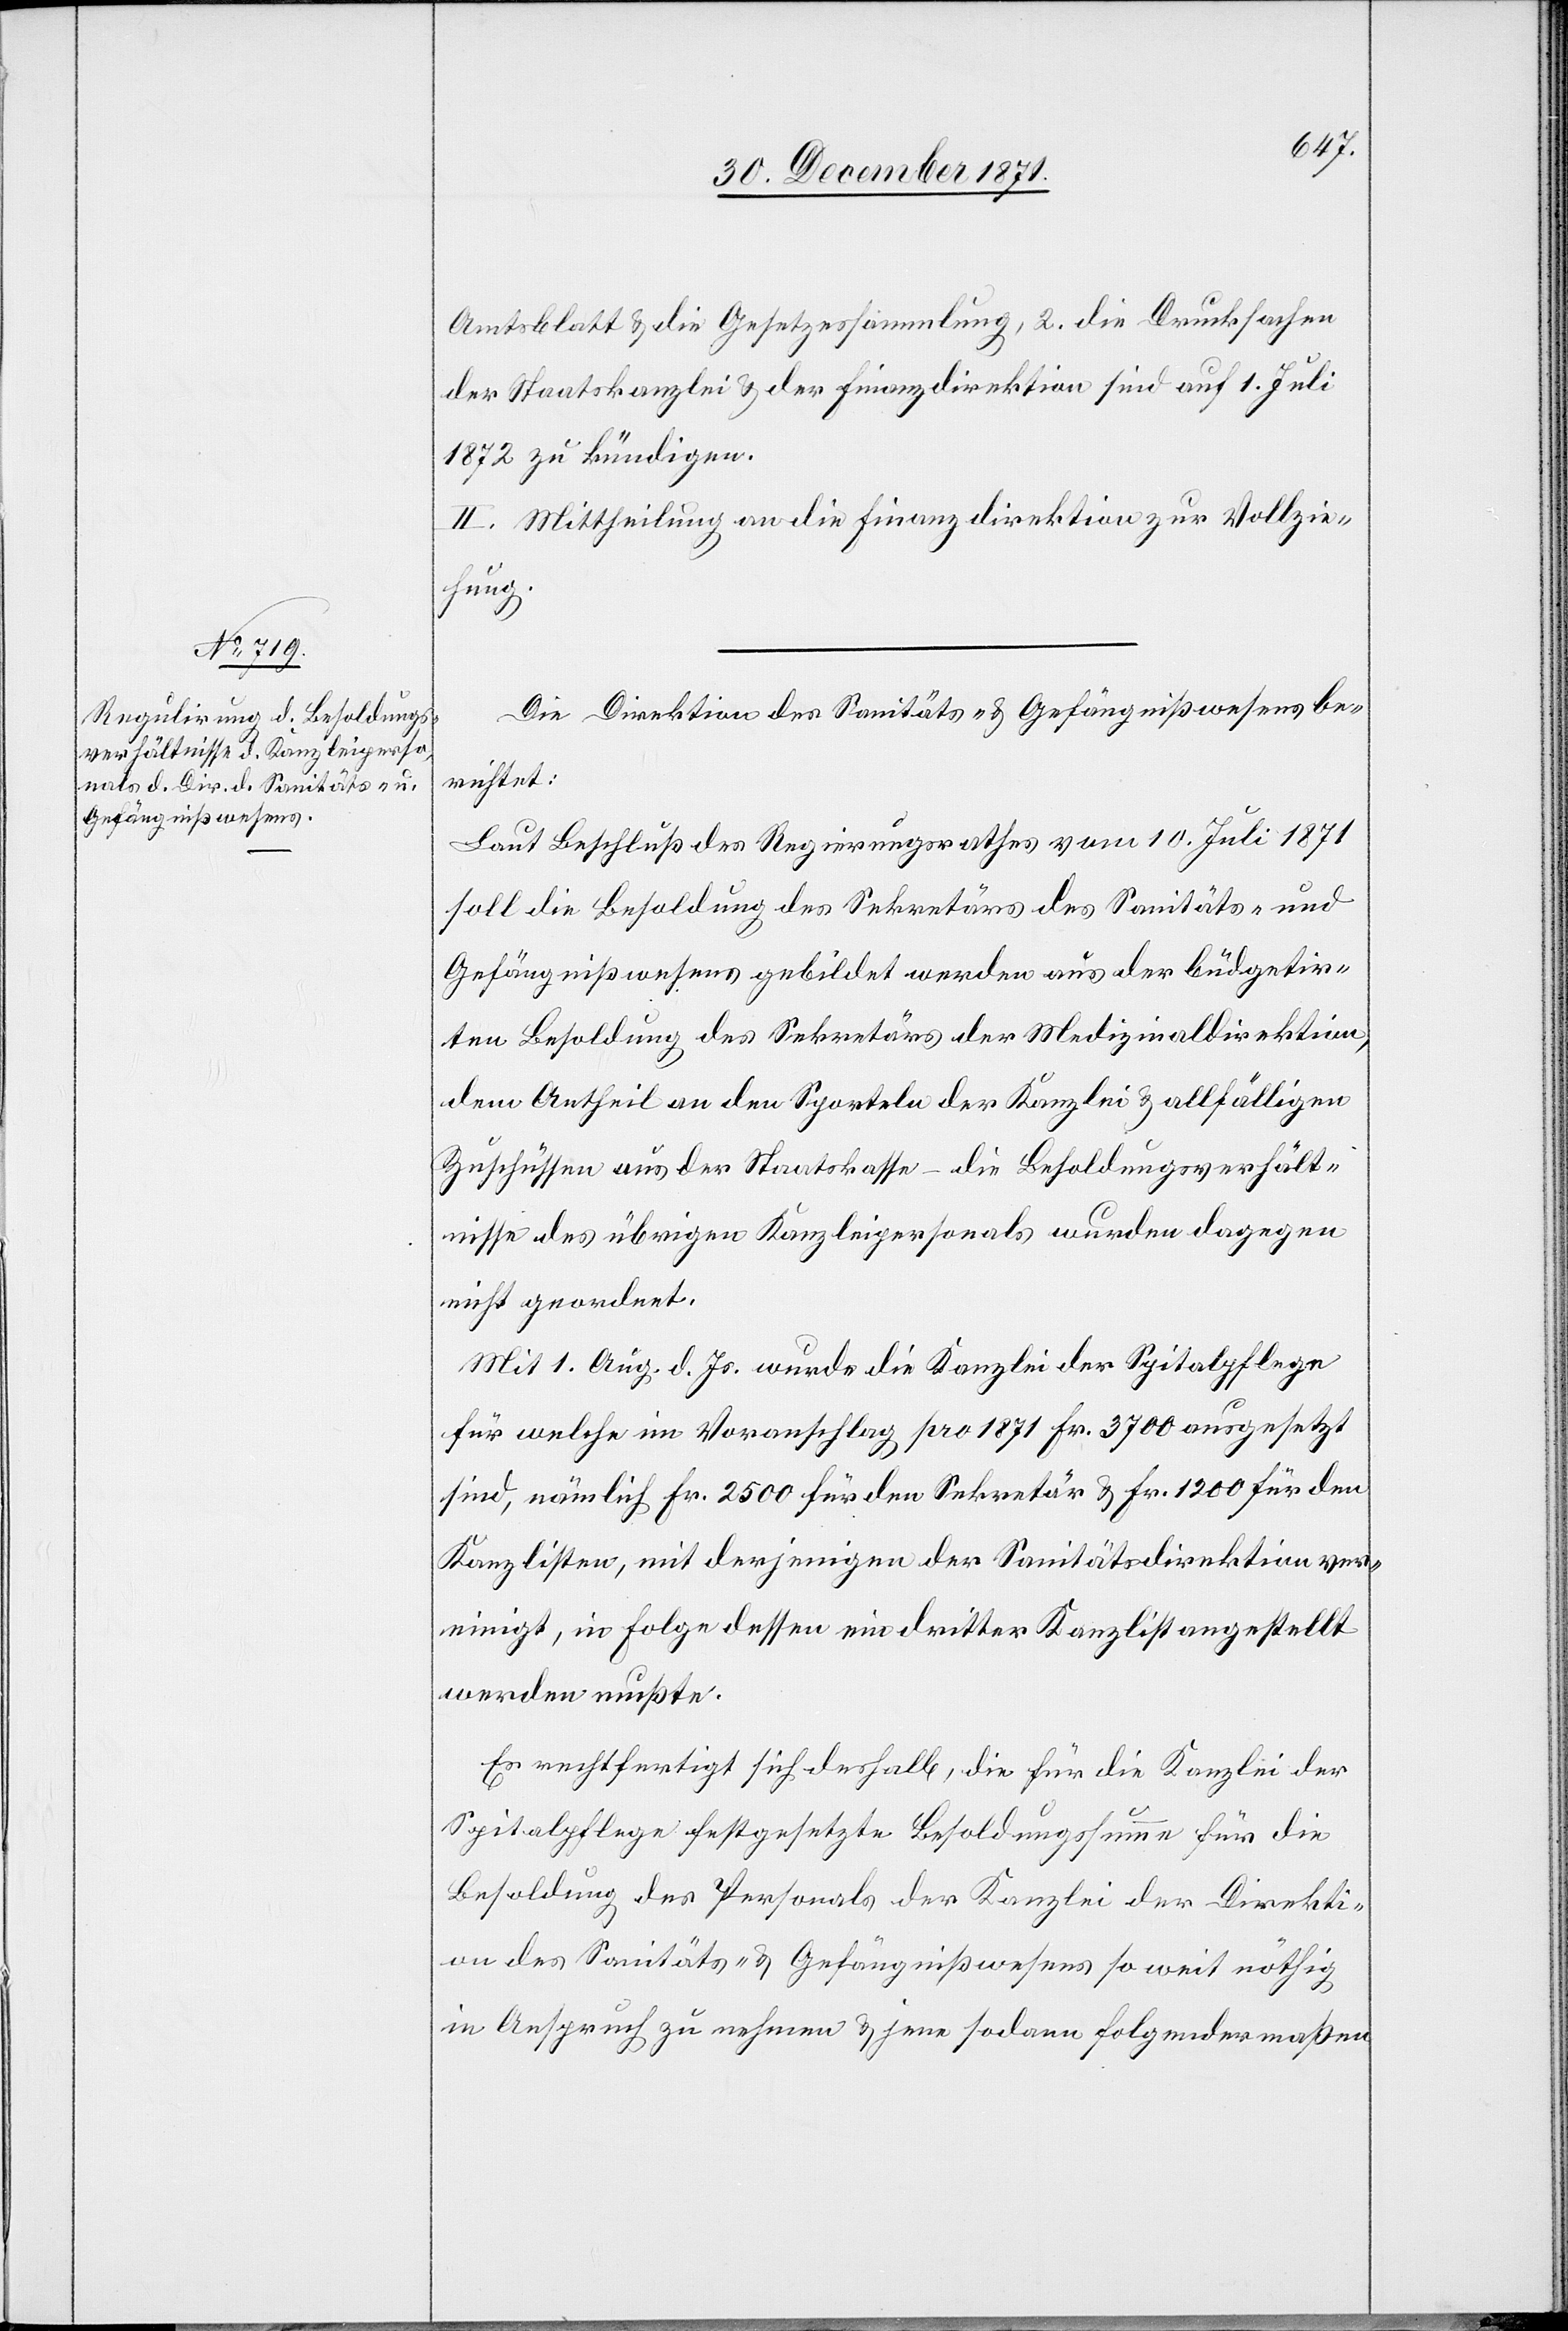
Amtsblatt & die Gesetzessammlung, 2. die Drucksachen
der Staatskanzlei & der Finanzdirektion sind auf 1. Juli
1872 zu kündigen.
II. Mittheilung an die Finanzdirektion zur Vollzie¬
hung.
Die Direktion des Sanitäts- & Gefängnißwesens be¬
richtet:
Laut Beschluß des Regierungsrathes vom 10. Juli 1871
soll die Besoldung des Sekretärs des Sanitäts- und
Gefängnißwesens gebildet werden aus der büdgetir¬
ten Besoldung des Sekretärs der Medizinaldirektion,
dem Antheil an den Sporteln der Kanzlei & allfälligen
Zuschüssen aus der Staatskasse – die Besoldungsverhält¬
nisse des übrigen Kanzleipersonals wurde dagegen
nicht geordnet.
Mit 1. Aug. d. Js. wurde die Kanzlei der Spitalpflege
für welche im Voranschlag pro 1871 Fr. 3700 ausgesetzt
sind, nämlich Fr. 2500 für den Sekretär & Fr. 1200 für den
Kanzlisten, mit derjenigen der Sanitätsdirektion ver¬
einigt, in Folge dessen ein dritter Kanzlist angestellt
werden mußte.
Es rechtfertigt sich deshalb, die für die Kanzlei der
Spitalpflege festgesetzte Besoldungssumme für die
Besoldung des Personals der Kanzlei der Direkti¬
on des Sanitäts- & Gefängnißwesens so weit nöthig
in Anspruch zu nehmen & jene sodann folgendermaßen